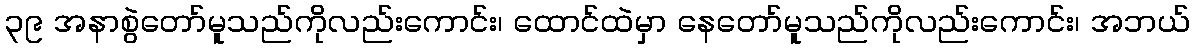
၃၉ အနာစွဲတော်မူသည်ကိုလည်းကောင်း၊ ထောင်ထဲမှာ နေတော်မူသည်ကိုလည်းကောင်း၊ အဘယ်